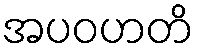
အပဝဟတိ